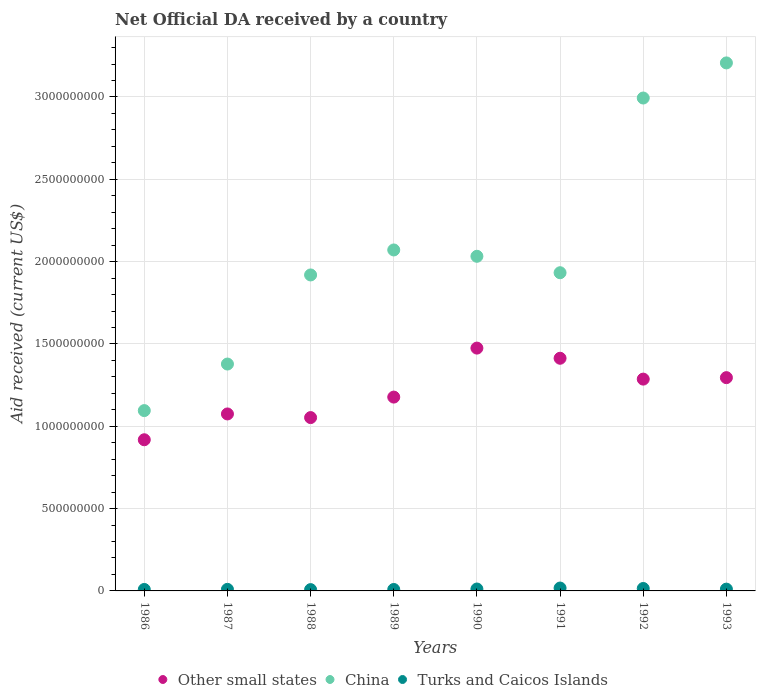
| Years | Other small states | China | Turks and Caicos Islands |
 | --- | --- | --- | --- |
 | 1986 | 9.18e+08 | 1.1e+09 | 8.89e+06 |
 | 1987 | 1.07e+09 | 1.38e+09 | 9.55e+06 |
 | 1988 | 1.05e+09 | 1.92e+09 | 7.89e+06 |
 | 1989 | 1.18e+09 | 2.07e+09 | 8.78e+06 |
 | 1990 | 1.47e+09 | 2.03e+09 | 1.16e+07 |
 | 1991 | 1.41e+09 | 1.93e+09 | 1.75e+07 |
 | 1992 | 1.29e+09 | 2.99e+09 | 1.48e+07 |
 | 1993 | 1.3e+09 | 3.21e+09 | 1.09e+07 |